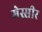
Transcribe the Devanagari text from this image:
मेस्सीर